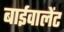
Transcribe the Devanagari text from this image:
बाईवालेंट